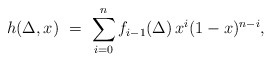
\begin{align*}h(\Delta, x) \ = \ \sum_{i=0}^n f_{i-1} (\Delta) \, x^i (1-x)^{n-i} , \end{align*}